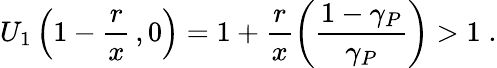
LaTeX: U_{1}\left(1-\frac{r}{x}\, ,0\right)=1+\frac{r}{x}\left(\frac{1-\gamma_{P}}{\gamma_{P}}\right)>1\; .